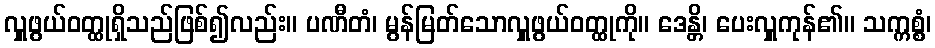
လှူဖွယ်ဝတ္ထုရှိသည်ဖြစ်၍လည်း။ ပဏီတံ၊ မွန်မြတ်သောလှူဖွယ်ဝတ္ထုကို။ ဒေန္တိ၊ ပေးလှူကုန်၏။ သက္ကစ္စံ၊